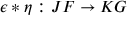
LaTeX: \epsilon * \eta : J F \to K G